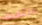
انتهيت